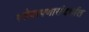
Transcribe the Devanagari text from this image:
गरोदरपणासंदर्भात